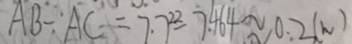
A B - A C = 7 . 7 ^ { 2 2 } - 7 . 4 6 4 \approx 0 . 2 ( h )